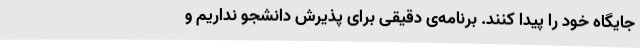
جایگاه خود را پیدا کنند. برنامه‌ی دقیقی برای پذیرش دانشجو نداریم و